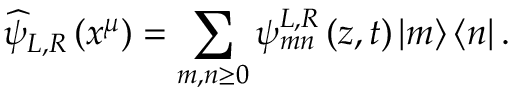
\widehat { \psi } _ { L , R } \left( x ^ { \mu } \right) = \sum _ { m , n \geq 0 } \psi _ { m n } ^ { L , R } \left( z , t \right) \left| m \right\rangle \left\langle n \right| .